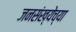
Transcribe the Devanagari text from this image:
जनसंख्येच्या